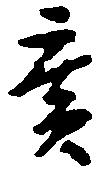
広